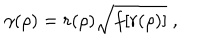
\gamma ( \rho ) = r ( \rho ) \sqrt { f [ r ( \rho ) ] } \; ,